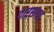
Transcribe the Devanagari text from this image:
पारसगड